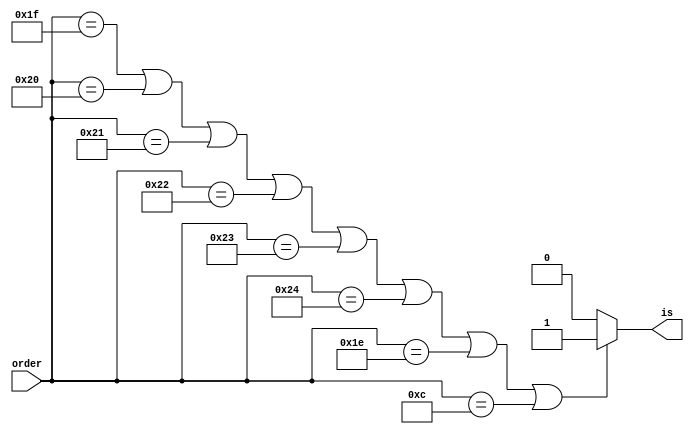
`define JALR 6'd12
`define JAL 6'd30
`define BEQ 6'd31
`define BNE 6'd32
`define BLT 6'd33
`define BGE 6'd34
`define BLTU 6'd35
`define BGEU 6'd36


module Branch (
    input wire [5:0] order,
    output reg is
);

always @(*) begin
    if(order==`BEQ || order==`BNE || order==`BLT || order==`BGE || order==`BLTU || order==`BGEU || order==`JAL || order==`JALR) is=1'b1;
    else is=1'b0;
end



endmodule